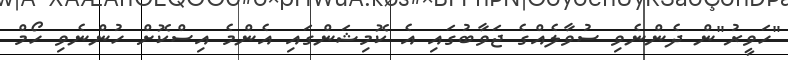
"ހަވީރު"ން ދެންނެވި ސުވާލެއްގެ ޖަވާބުގައި އެ ކޮމިޝަންގައި އެންމެ އިސްކޮށް ހުންނެވި ހޯމް